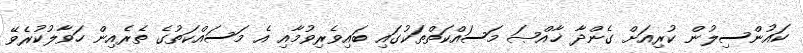
ކައުންސިލުން ކުރިއަށް ގެންދާ ޚާއްޞަ މަސައްކަތްތަކުގައި ބައިވެރިވުމާއި އެ މަސައްކަތުގެ ތެރެއިން ހަވާލުކުރެވޭ